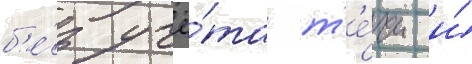
б'е́з учё́та т'е́чи и́